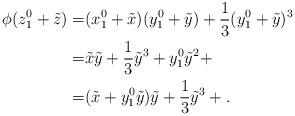
LaTeX: \begin{align*}\phi(z_1^0+\tilde z)=&(x_1^0+\tilde x)(y_1^0+\tilde y)+\frac{1}{3}(y_1^0+\tilde y)^3 \\=& \tilde x\tilde y+\frac{1}{3}{\tilde y}^3+y_1^0 {\tilde y}^2+ \\=& (\tilde x+y_1^0 \tilde y)\tilde y+\frac{1}{3}{\tilde y}^3+ .\end{align*}